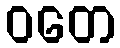
ဝတေ